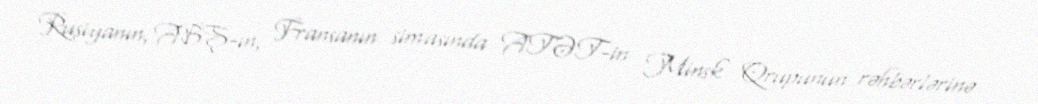
Rusiyanın, ABŞ-ın, Fransanın simasında ATƏT-in Minsk Qrupunun rəhbərlərinə